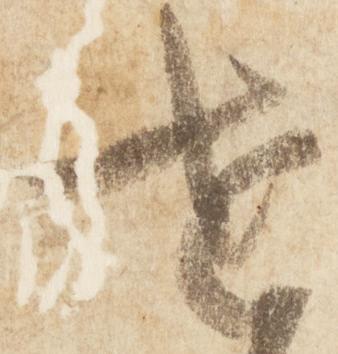
世